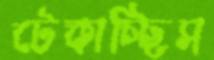
টেকাচ্ছিস